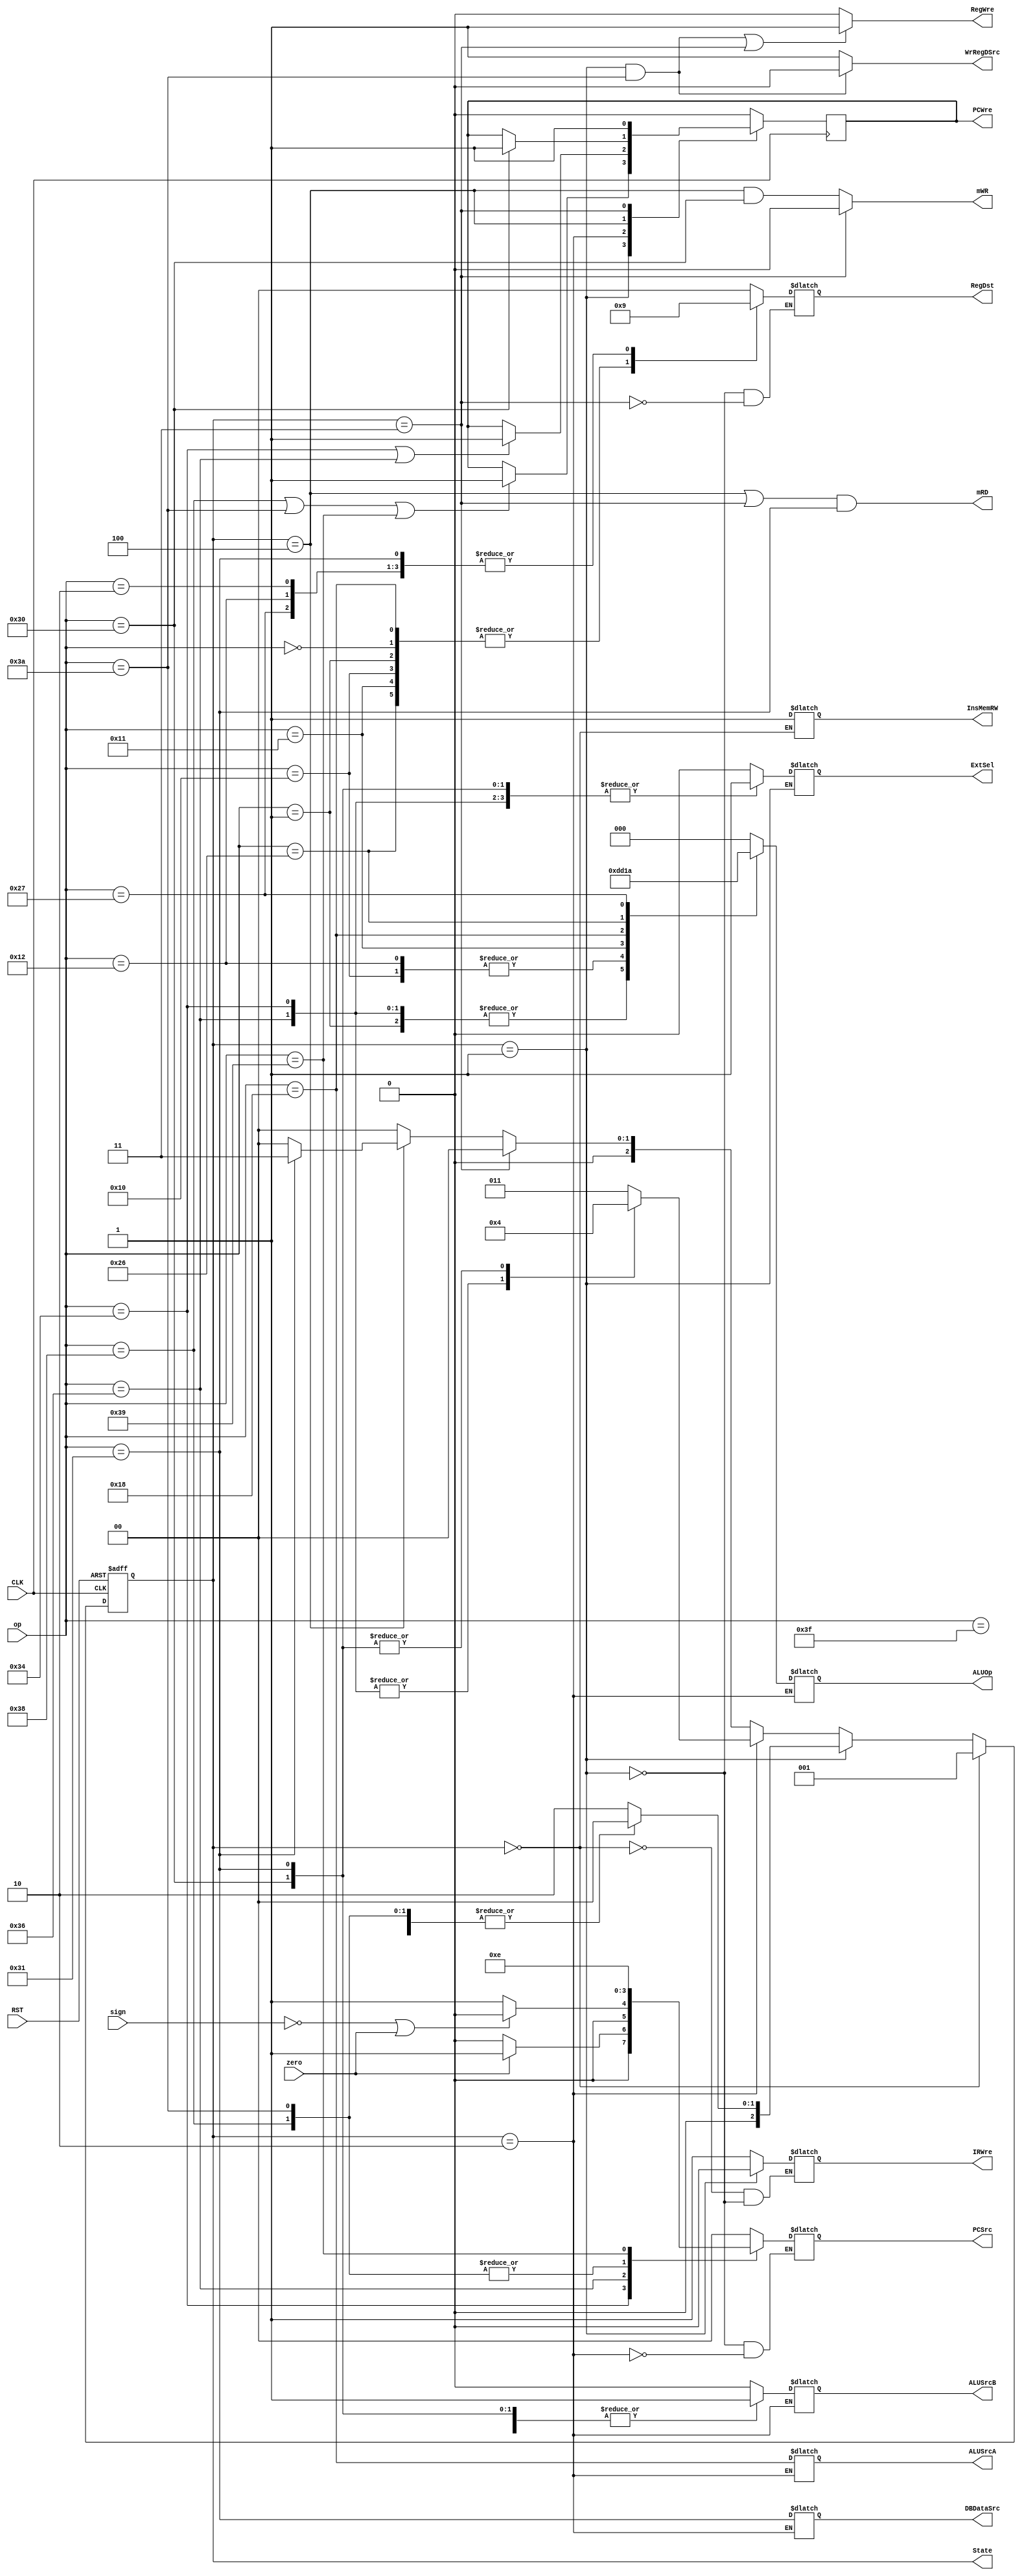
`timescale 1ns / 1ps
//////////////////////////////////////////////////////////////////////////////////
// Company: 
// Engineer: 
// 
// Design Name: 
// Module Name: ControlUnit
// Project Name: 
// Target Devices: 
// Tool Versions: 
// Description: 
// 
// Dependencies: 
// 
// Revision:
// Revision 0.01 - File Created
// Additional Comments:
// 
//////////////////////////////////////////////////////////////////////////////////


module CU(
	input [5:0] op,
	input CLK,
	input RST,
	input zero,
	input sign,

	output reg ExtSel,
	output reg PCWre,
	output reg IRWre,
	output reg InsMemRW,
	output reg WrRegDSrc,
	output reg RegWre,
	output reg ALUSrcA,
	output reg ALUSrcB,
	output reg mRD,
	output reg mWR,
	output reg DBDataSrc,
	output reg [2:0] ALUOp,
	output reg [1:0] RegDst,
	output reg [1:0] PCSrc,
	output reg [2:0] State
	);

	`define opAdd 6'b000000
	`define opSub 6'b000001
	`define opAddi 6'b000010
	`define opOr 6'b010000
	`define opAnd 6'b010001
	`define opOri 6'b010010
	`define opSll 6'b011000
	`define opSlt 6'b100110
	`define opSltiu 6'b100111
	`define opSw 6'b110000
	`define opLw 6'b110001
	`define opBeq 6'b110100
	`define opBltz 6'b110110
	`define opJ 6'b111000
	`define opJr 6'b111001
	`define opJal 6'b111010
	`define opHalt 6'b111111

	`define sIF 3'b000 		
	`define sID 3'b001 		
	`define sEXE 3'b010		
	`define sWB 3'b011
	`define sMEM 3'b100



	initial begin
		State = 3'b000;
		PCWre = 1;
		ALUSrcA = 0;
		ALUSrcB = 0;
		DBDataSrc = 0;
		RegWre = 1;
		InsMemRW = 0;
		mRD = 1;
		mWR = 1;
		RegDst = 2'b10;
		ExtSel = 0;
		PCSrc = 2'b00;
		ALUOp = 3'b000;
		IRWre = 0;
		WrRegDSrc = 1;
	end

	always @(posedge CLK or negedge RST) begin
		if (RST == 0) begin
			State <= `sIF;
		end 
		else begin
			if (State == `sIF)
			begin
				State <= `sID;
			end 
			else if (State == `sID) begin
				case(op)
					`opJ, `opJal, `opJr, `opHalt: State <= `sIF;
					default: State <= `sEXE;
				endcase
			end
			else if (State == `sEXE) begin
				case(op)
					`opBeq, `opBltz: State <= `sIF;
					`opSw, `opLw: State <= `sMEM;
					default: State <= `sWB;
				endcase
			end
			else if (State == `sWB) begin
				State <= `sIF;
			end
			else if (State == `sMEM) begin
				if (op == `opLw) begin
					State <= `sWB;
				end
				else begin
					State <= `sIF;
				end
			end
			else begin
				State <= `sIF;
			end
		end
	end

	always @(State or zero or sign or op or RST) begin
		WrRegDSrc = (State == `sID && op == `opJal) ? 0 : 1;
		RegWre = ((State == `sID && op == `opJal) || State == `sWB) ? 1 : 0;
		mRD = ((State == `sMEM || State == `sWB) && op == `opLw);
		mWR = (State == `sMEM && op == `opSw);
		case(State)
			`sIF:
				begin
					IRWre <= 1;
					InsMemRW <= 1;
				end
			`sID:
				begin
					IRWre <= 0;

					case(op)
						`opAddi, `opSw, `opLw, `opBeq, `opBltz:
							ExtSel <= 1;
						default:
							ExtSel <= 0;
					endcase

					case(op)
						`opBeq:
							PCSrc <= (zero == 0) ? 2'b00 : 2'b01;
						`opBltz:
							PCSrc <= (sign == 0 | zero == 1) ? 2'b00 : 2'b01;
						`opJ, `opJal:
							PCSrc <= 2'b11;
						`opJr:
							PCSrc <= 2'b10;
						default:
							PCSrc <= 2'b00;
					endcase

					case(op)
						`opAdd, `opSub, `opOr, `opAnd, `opSll, `opSlt:
							RegDst <= 2'b10;
						`opAddi, `opOri, `opSltiu, `opLw:
							RegDst <= 2'b01;
						default:
							RegDst <= 2'b00;
					endcase
				end
			`sEXE:
				begin
					ALUSrcA <= (op == `opSll);
					
					case(op)
						`opOri, `opSltiu, `opSw, `opLw, `opAddi:
							ALUSrcB <= 1;
						default:
							ALUSrcB <= 0;
					endcase

					case(op)
						`opSub, `opBeq, `opBltz:
						ALUOp = 3'b001;
						`opOr, `opOri:
						ALUOp = 3'b101;
						`opAnd:
						ALUOp = 3'b110;
						`opSll:
						ALUOp = 3'b100;
						`opSlt:
						ALUOp = 3'b011;
						`opSltiu:
						ALUOp = 3'b010;
						default:
						ALUOp = 3'b000;
					endcase

					case(op)
						`opBeq:
							PCSrc <= (zero == 0) ? 2'b00 : 2'b01;
						`opBltz:
							PCSrc <= (sign == 0 | zero == 1) ? 2'b00 : 2'b01;
						`opJ, `opJal:
							PCSrc <= 2'b11;
						`opJr:
							PCSrc <= 2'b10;
						default:
							PCSrc <= 2'b00;
					endcase

					DBDataSrc <= (op == `opLw);
				end
			`sWB:
			begin
				mWR <= 0;	

				case(op)
					`opAdd, `opSub, `opOr, `opAnd, `opSll, `opSlt:
						RegDst <= 2'b10;
					`opAddi, `opOri, `opSltiu, `opLw:
						RegDst <= 2'b01;
					default:
						RegDst <= 2'b00;
				endcase
			end
		endcase
	end

	always @(negedge CLK) begin
      case (State)
        `sID: begin
          if (op == `opJ || op == `opJal || op == `opJr)  PCWre <= 1;
        end

        `sEXE: begin
          if (op == `opBeq || op == `opBltz)  PCWre <= 1;
        end
        
        `sMEM: begin
          if (op == `opSw)  PCWre <= 1;
        end
        
        `sWB: PCWre <= 1;
        
        default:  PCWre <= 0;
      endcase
    end

endmodule